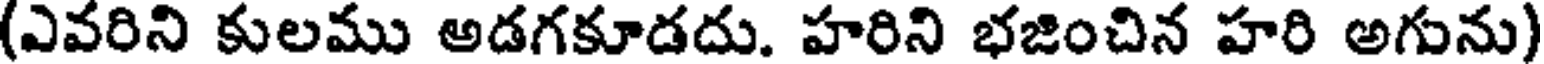
(ఎవరిని కులము అడగకూడదు. హరిని భజించిన హరి అగును)